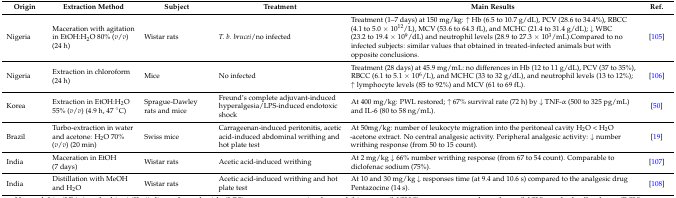
<table><thead><tr><td><b>Origin</b></td><td><b>Extraction Method</b></td><td><b>Subject</b></td><td><b>Treatment</b></td><td><b>Main Results</b></td><td><b>Ref.</b></td></tr></thead><tbody><tr><td>Nigeria</td><td>Maceration with agitation in EtOH:H<sub>2</sub>O 80% (<i>v</i>/<i>v</i>) (24 h)</td><td>Wistar rats</td><td><i>T. b. brucei</i>/no infected</td><td>Treatment (1–7 days) at 150 mg/kg: ↑ Hb (6.5 to 10.7 g/dL), PCV (28.6 to 34.4%), RBCC (4.1 to 5.0 × 10<sup>12</sup>/L), MCV (53.6 to 64.3 fL), and MCHC (21.4 to 31.4 g/dL); ↓ WBC (23.2 to 19.4 × 10<sup>9</sup>/dL) and neutrophil levels (28.9 to 27.3 × 10<sup>3</sup>/mL).Compared to no infected subjects: similar values that obtained in treated-infected animals but with opposite conclusions.</td><td>[105]</td></tr><tr><td>Nigeria</td><td>Extraction in chloroform (24 h)</td><td>Mice</td><td>No infected</td><td>Treatment (28 days) at 45.9 mg/mL: no differences in Hb (12 to 11 g/dL), PCV (37 to 35%), RBCC (6.1 to 5.1 × 10<sup>6</sup>/L), and MCHC (33 to 32 g/dL), and neutrophil levels (13 to 12%); ↑ lymphocyte levels (85 to 92%) and MCV (61 to 69 fL).</td><td>[106]</td></tr><tr><td>Korea</td><td>Extraction in EtOH:H<sub>2</sub>O 55% (<i>v</i>/<i>v</i>) (4.9 h, 47 °C)</td><td>Sprague-Dawley rats and mice</td><td>Freund’s complete adjuvant-induced hyperalgesia/LPS-induced endotoxic shock</td><td>At 400 mg/kg: PWL restored; ↑ 67% survival rate (72 h) by ↓ TNF-α (500 to 325 pg/mL) and IL-6 (80 to 58 ng/mL).</td><td>[50]</td></tr><tr><td>Brazil</td><td>Turbo-extraction in water and acetone: H<sub>2</sub>O 70% (<i>v</i>/<i>v</i>) (20 min)</td><td>Swiss mice</td><td>Carrageenan-induced peritonitis, acetic acid-induced abdominal writhing and hot plate test</td><td>At 50mg/kg: number of leukocyte migration into the peritoneal cavity H<sub>2</sub>O &lt; H<sub>2</sub>O -acetone extract. No central analgesic activity. Peripheral analgesic activity: ↓ number writhing response (from 50 to 15 count).</td><td>[19]</td></tr><tr><td>India</td><td>Maceration in EtOH (7 days)</td><td>Wistar rats</td><td>Acetic acid-induced writhing</td><td>At 2 mg/kg ↓ 66% number writhing response (from 67 to 54 count). Comparable to diclofenac sodium (75%).</td><td>[107]</td></tr><tr><td>India</td><td>Distillation with MeOH and H<sub>2</sub>O</td><td>Wistar rats</td><td>Acetic acid-induced writhing and hot plate test</td><td>At 10 and 30 mg/kg ↓ responses time (at 9.4 and 10.6 s) compared to the analgesic drug Pentazocine (14 s).</td><td>[108]</td></tr></tbody></table>